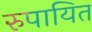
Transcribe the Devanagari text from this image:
रुपायित